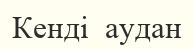
Кенді  аудан